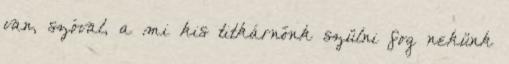
van, szóval, a mi kis titkárnőnk szülni fog nekünk